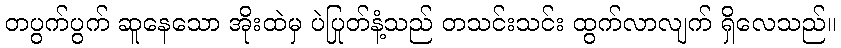
တပွက်ပွက် ဆူနေသော အိုးထဲမှ ပဲပြုတ်နံ့သည် တသင်းသင်း ထွက်လာလျက် ရှိလေသည်။